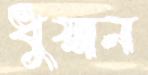
ধুয়ান